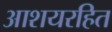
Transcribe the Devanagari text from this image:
आशयरहित